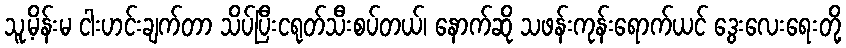
သူ့မိန်းမ ငါးဟင်းချက်တာ သိပ်ပြီးငရုတ်သီးစပ်တယ်၊ နောက်ဆို သဖန်းကုန်းရောက်ယင် ဒွေးလေးရေးတို့